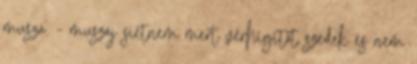
muszá. - muszáj sietnem mert vérhígítót szedek és nem